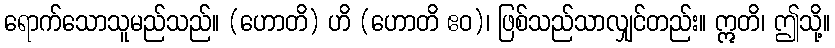
ရောက်သောသူမည်သည်။ (ဟောတိ) ဟိ (ဟောတိ ဧဝ)၊ ဖြစ်သည်သာလျှင်တည်း။ ဣတိ၊ ဤသို့။